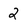
Character: 2